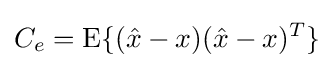
C_{e}=\operatorname {E} \{({\hat {x}}-x)({\hat {x}}-x)^{T}\}